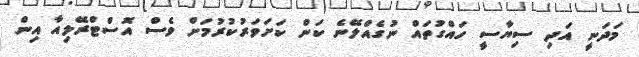
މަދަނީ އަދި ސިޔާސީ ހައްގުތައް ނުގެއްލޭނެ ކަން ކަށަވަރުކުރުމަށް ވެސް އޮސްޓްރޭލިއާ އިން